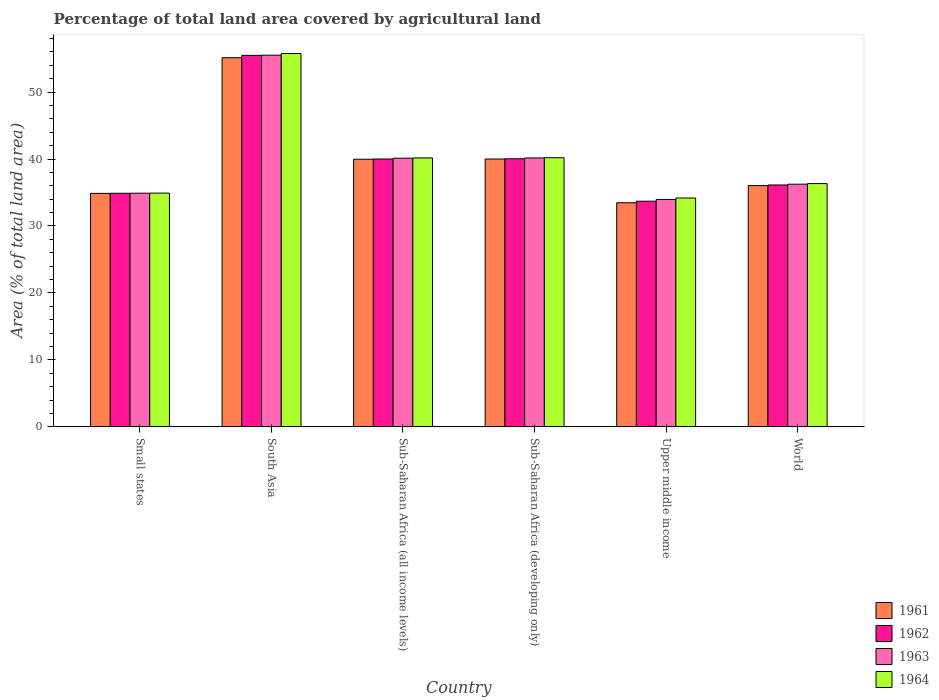
| Country | 1961 | 1962 | 1963 | 1964 |
 | --- | --- | --- | --- | --- |
 | Small states | 34.9 | 34.9 | 34.9 | 34.9 |
 | South Asia | 55.1 | 55.5 | 55.5 | 55.8 |
 | Sub-Saharan Africa (all income levels) | 40 | 40 | 40.1 | 40.2 |
 | Sub-Saharan Africa (developing only) | 40 | 40 | 40.2 | 40.2 |
 | Upper middle income | 33.5 | 33.7 | 34 | 34.2 |
 | World | 36 | 36.1 | 36.2 | 36.3 |